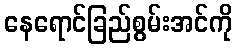
နေရောင်ခြည်စွမ်းအင်ကို